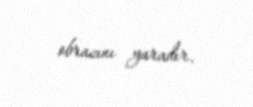
obrazını yaradır.